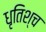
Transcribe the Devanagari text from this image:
धृतिश्च